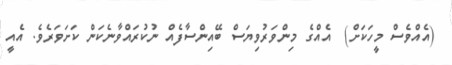
(އެއްވެސް މީހަކަށް)  އެއްގެ މިންވަރުވިޔަސް ބޭއިންސާފެއް ނުކުރައްވާނެކަން ކަށަވަރެވެ. އެއީ